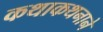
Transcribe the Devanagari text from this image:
कथाकथनाने